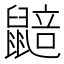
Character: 𮮮